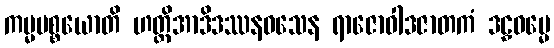
ကမ္မပစ္စယောတိ ဟတ္ထိအာဒိဒဿနဝသေန ရာဇောဝါဒဇာတကံ ဒဠှဓမ္မေ